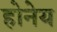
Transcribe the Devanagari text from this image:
होनेय